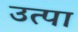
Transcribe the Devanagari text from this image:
उत्पा